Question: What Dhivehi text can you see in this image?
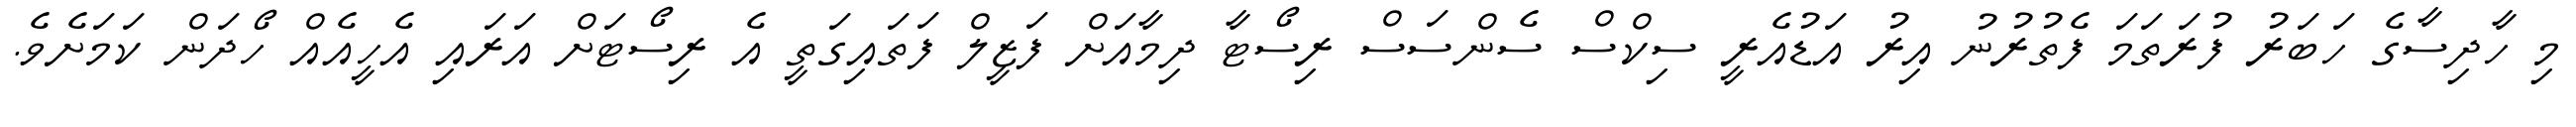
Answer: މި ހާދިސާގެ ހަބަރު ފުރަތަމަ ފެތުރުނު އިރު އަޑުއެރީ ސިކްސް ސެންސަސް ރިސޯޓާ ދިމާއަށް ފަޒީލް ފަތައިގަތީ އެ ރިސޯޓަށް އަރައި އެހީއެއް ހޯދަން ކަމަށެވެ.